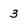
Character: 3